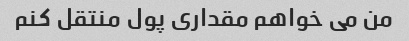
من می خواهم مقداری پول منتقل کنم